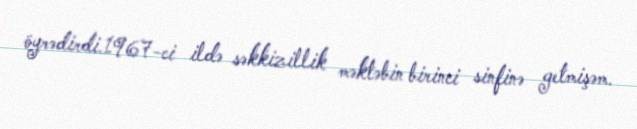
öyrədirdi.1967-ci ildə səkkizillik məktəbin birinci sinfinə getmişəm.